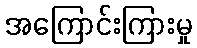
အကြောင်းကြားမှု